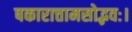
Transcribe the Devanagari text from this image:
षकारात्तामसोद्भवः।